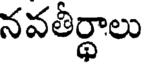
నవతీర్థాలు